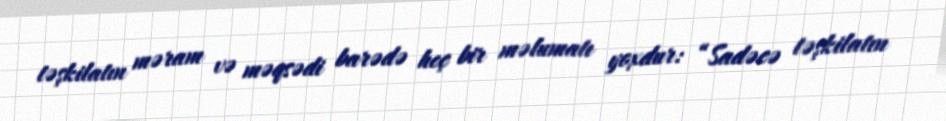
təşkilatın məram və məqsədi barədə heç bir məlumatı yoxdur: “Sadəcə təşkilatın